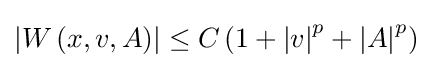
\left|W\left(x,v,A\right)\right|\leq C\left(1+\left|v\right|^{p}+\left|A\right|^{p}\right)